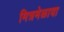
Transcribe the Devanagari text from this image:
मित्रमेळावा